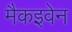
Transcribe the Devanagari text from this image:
मैकइवेन